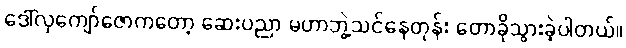
ဒေါ်လှကျော်ဇောကတော့ ဆေးပညာ မဟာဘွဲ့သင်နေတုန်း တောခိုသွားခဲ့ပါတယ်။